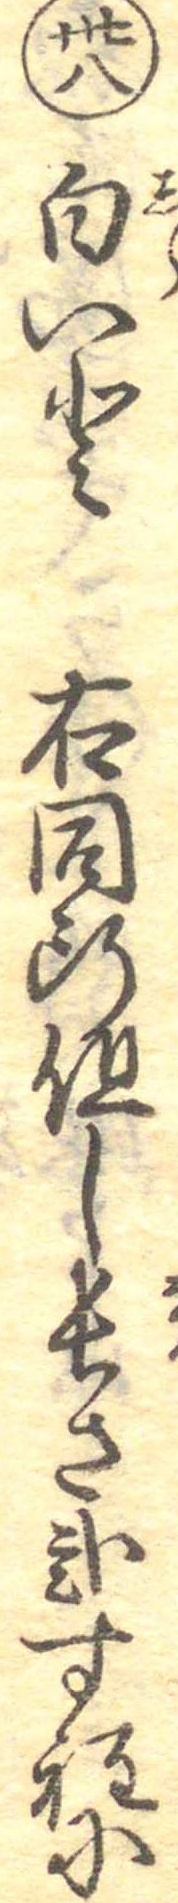
卅八白いと右同断但し長さ弐寸程に